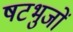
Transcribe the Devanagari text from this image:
षटभुजों